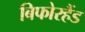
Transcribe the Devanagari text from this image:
बिफोरहैंड